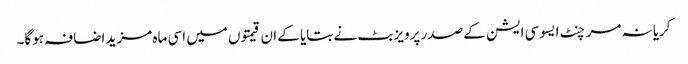
کریانہ مرچنٹ ایسوسی ایشن کے صدر پرویز بٹ نے بتایا کے ان قیمتوں میں اسی ماہ مزید اضافہ ہوگا۔